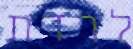
לרדת